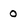
Character: o